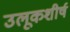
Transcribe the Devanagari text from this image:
उलूकशीर्ष